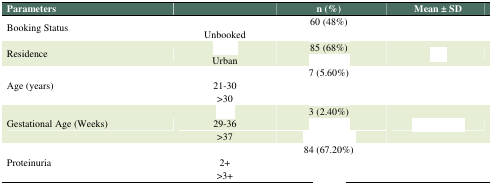
<table><thead><tr><td><b>Parameters</b></td><td>[EMPTY_CELL]</td><td><b>n (%)</b></td><td><b>Mean ± SD</b></td></tr></thead><tbody><tr><td rowspan="2">Booking Status</td><td>[EMPTY_CELL]</td><td>60 (48%)</td><td rowspan="2">[EMPTY_CELL]</td></tr><tr><td>Unbooked</td><td>[EMPTY_CELL]</td></tr><tr><td rowspan="2">Residence</td><td>[EMPTY_CELL]</td><td>85 (68%)</td><td rowspan="2">[EMPTY_CELL]</td></tr><tr><td>Urban</td><td>[EMPTY_CELL]</td></tr><tr><td rowspan="3">Age (years)</td><td>[EMPTY_CELL]</td><td>7 (5.60%)</td><td rowspan="3">[EMPTY_CELL]</td></tr><tr><td>21-30</td><td>[EMPTY_CELL]</td></tr><tr><td>&gt;30</td><td>[EMPTY_CELL]</td></tr><tr><td rowspan="3">Gestational Age (Weeks)</td><td>[EMPTY_CELL]</td><td>3 (2.40%)</td><td rowspan="3">[EMPTY_CELL]</td></tr><tr><td>29-36</td><td>[EMPTY_CELL]</td></tr><tr><td>&gt;37</td><td>[EMPTY_CELL]</td></tr><tr><td rowspan="3">Proteinuria</td><td>[EMPTY_CELL]</td><td>84 (67.20%)</td><td rowspan="3">[EMPTY_CELL]</td></tr><tr><td>2+</td><td>[EMPTY_CELL]</td></tr><tr><td>&gt;3+</td><td>[EMPTY_CELL]</td></tr></tbody></table>